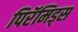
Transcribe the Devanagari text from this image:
पिरॅमिड्स